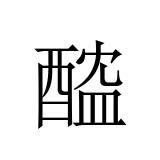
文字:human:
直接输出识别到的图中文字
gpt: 醓